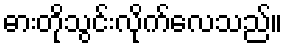
ဓားတိုသွင်းလိုက်လေသည်။